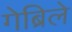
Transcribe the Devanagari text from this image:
गेब्रिले